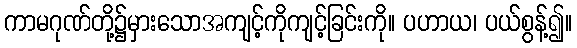
ကာမဂုဏ်တို့၌မှားသောအကျင့်ကိုကျင့်ခြင်းကို။ ပဟာယ၊ ပယ်စွန့်၍။